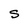
Character: S